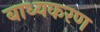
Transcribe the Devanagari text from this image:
बाध्यकरण